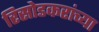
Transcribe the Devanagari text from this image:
रिसोडकरांच्या